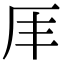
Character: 𠨵